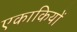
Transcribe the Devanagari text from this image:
एकाकियों